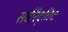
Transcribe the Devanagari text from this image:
सर्वरिद्धिदः